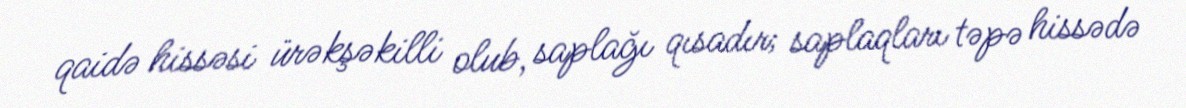
qaidə hissəsi ürəkşəkilli olub, saplağı qısadır; saplaqları təpə hissədə